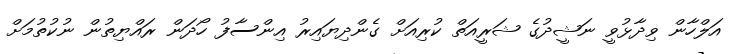
އަލްހާން ވިދާޅުވީ ނަޝީދުގެ ޝަރީއަތް ކުރިއަށް ގެންދިޔައިރު އިންސާފު ހޯދަން ރައްޔިތުން ނުކުތުމަށް